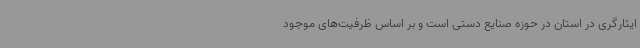
ایثارگری در استان در حوزه صنایع دستی است و بر اساس ظرفیت‌های موجود